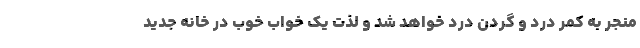
منجر به کمر درد و گردن درد خواهد شد و لذت یک خواب خوب در خانه جدید